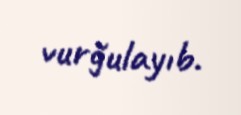
vurğulayıb.